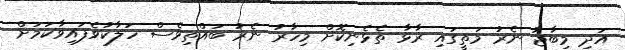
އަދި މިބާޖު ނެރު މަތީގައި ރާޅާ ތެޅެނިކޮށް މިހާރު ނެރު ބައްތިވެސް ހަލާކުވެފައިވާކަމަށް